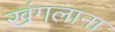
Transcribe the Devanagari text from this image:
खंगलाना